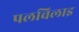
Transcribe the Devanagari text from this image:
पलविलाइ